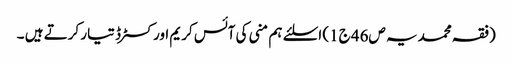
(فقہ محمدیہ ص46 ج1) اسلئے ہم منی کی آئس کریم اور کسٹرڈ تیار کرتے ہیں ۔